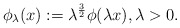
\begin{align*}\phi_\lambda(x):= \lambda^{\frac{3}{2}} \phi(\lambda x), \lambda>0.\end{align*}